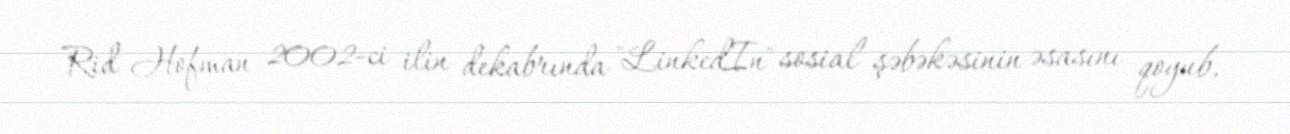
Rid Hofman 2002-ci ilin dekabrında "LinkedIn" sosial şəbəkəsinin əsasını qoyub,